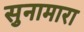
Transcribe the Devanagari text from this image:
सुनामारा